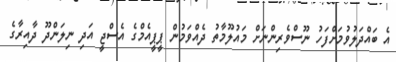
އެ ބައްދަލުވުމަށްފަހު ނޫސްވެރިންނަށް މައުލޫމާތު ދެއްވަމުން ޕީޕީއެމްގެ އެސްޖީ އަދި ނިލަންދޫ ދާއިރާގެ